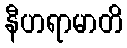
နီဟရာမာတိ